Annual report of the Civil Veterinary Department, Bengal, and of the Bengal Veterinary College, for the year 1902-1903 - 1902-1903
Year: 1902
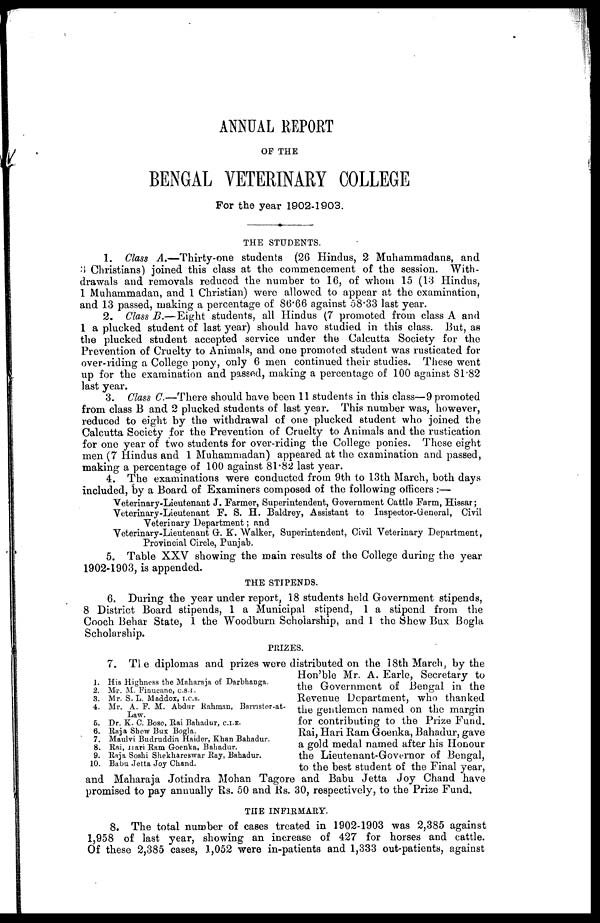
ANNUAL REPORT
OF THE
BENGAL VETERINARY COLLEGE
For the year 1902-1903.
THE STUDENTS.
1. Class A.—Thirty-one
students (26 Hindus, 2 Muhammadans, and
3 Christians) joined this class at the commencement of the session. With-
drawals and removals reduced the number to 16, of whom 15 (13 Hindus,
1 Muhammadan, and 1 Christian) were allowed to appear at the examination,
and 13 passed, making a percentage of 86.66 against 58.33 last year.
2. Class B.—Eight
students, all Hindus (7 promoted from class A and
1 a plucked student of last year) should have studied in this class. But, as
the plucked student accepted service under the Calcutta Society for the
Prevention of Cruelty to Animals, and one promoted student was rusticated for
over-riding a College pony, only 6 men continued their studies. These went
up for the examination and passed, making a percentage of 100 against 81.82
last year.
3. Class C.—There should have been 11 students in this class—9 promoted
from class B and 2 plucked students of last year. This number was, however,
reduced to eight by the withdrawal of one plucked student who joined the
Calcutta Society for the Prevention of Cruelty to Animals and the rustication
for one year of two students for over-riding the College ponies. These eight
men (7 Hindus and 1 Muhammadan) appeared at the examination and passed,
making a percentage of 100 against 81.82 last year.
4. The examinations were conducted from 9th to 13th March, both days
included, by a Board of Examiners composed of the following officers :—
Veterinary-Lieutenant J. Farmer, Superintendent, Government Cattle Farm, Hissar;
Veterinary-Lieutenant F. S. H. Baldrey, Assistant to Inspector-General, Civil
Veterinary Department; and
Veterinary-Lieutenant G. K. Walker, Superintendent, Civil Veterinary Department,
Provincial Circle, Punjab.
5. Table XXV showing the main results of the College during the year
1902-1903, is appended.
THE STIPENDS.
6. During the year under report, 18 students held Government stipends,
8 District Board stipends, 1 a Municipal stipend, 1 a stipend from the
Cooch Behar State, 1 the Woodburn Scholarship, and 1 the Shew Bux Bogla
Scholarship.
PRIZES.
1. His Highness the Maharaja of Darbhanga.
2. Mr. M. Pinucane, c.s.i.
3. Mr. S. L. Maddox, i.c.s.
4. Mr. A. F. M. Abdur Rahman, Barrister-at-
Law.
6. Dr. K. C. Bose, Rai Bahadur, C.I.E.
6. Raja Show Bux Bogla.
7. Maulvi Budruddin Haider, Khan Bahadur.
8. Rai, Hari Ram Goenka, Bahadur.
9. Raja Soshi Shekhareswar Ray, Bahadur.
10. Babu Jetta Joy Chand.
7. The diplomas and prizes were distributed on the 18th March, by the
Hon'ble Mr. A. Earle, Secretary to
the Government of Bengal in the
Revenue Department, who thanked
the gentlemen named on the margin
for contributing to the Prize Fund.
Rai, Hari Ram Goenka, Bahadur, gave
a gold medal named after his Honour
the Lieutenant-Governor of Bengal,
to the best student of the Final year,
and Maharaja Jotindra Mohan Tagore and Babu Jetta Joy Chand have
promised to pay annually Rs. 50 and Rs. 30, respectively, to the Prize Fund.
THE INFIRMARY.
8. The total number of cases treated in 1902-1903 was 2,385 against
1,958 of last year, showing an increase of 427 for horses and cattle.
Of these 2,385 cases, 1,052 were in-patients and 1,333 out-patients, against